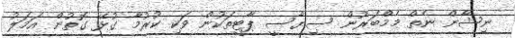
ނިޝާން ނެތް މެމްބަރުން ސިޔާސީ ޕާޓީތަކުން ވަކި ކުރުމާ ގުޅޭ ގޮތުން އަމަލު